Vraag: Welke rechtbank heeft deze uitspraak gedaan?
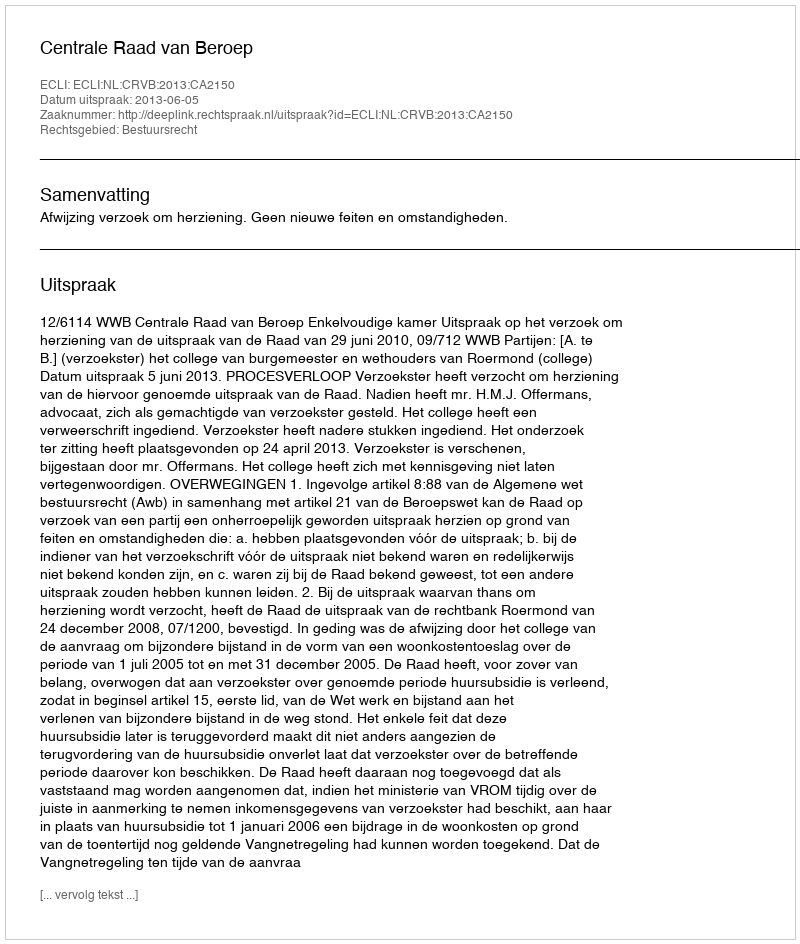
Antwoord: Centrale Raad van Beroep